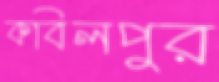
কবিলপুর